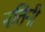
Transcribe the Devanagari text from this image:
नतिनी